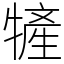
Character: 㹌